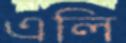
এলি